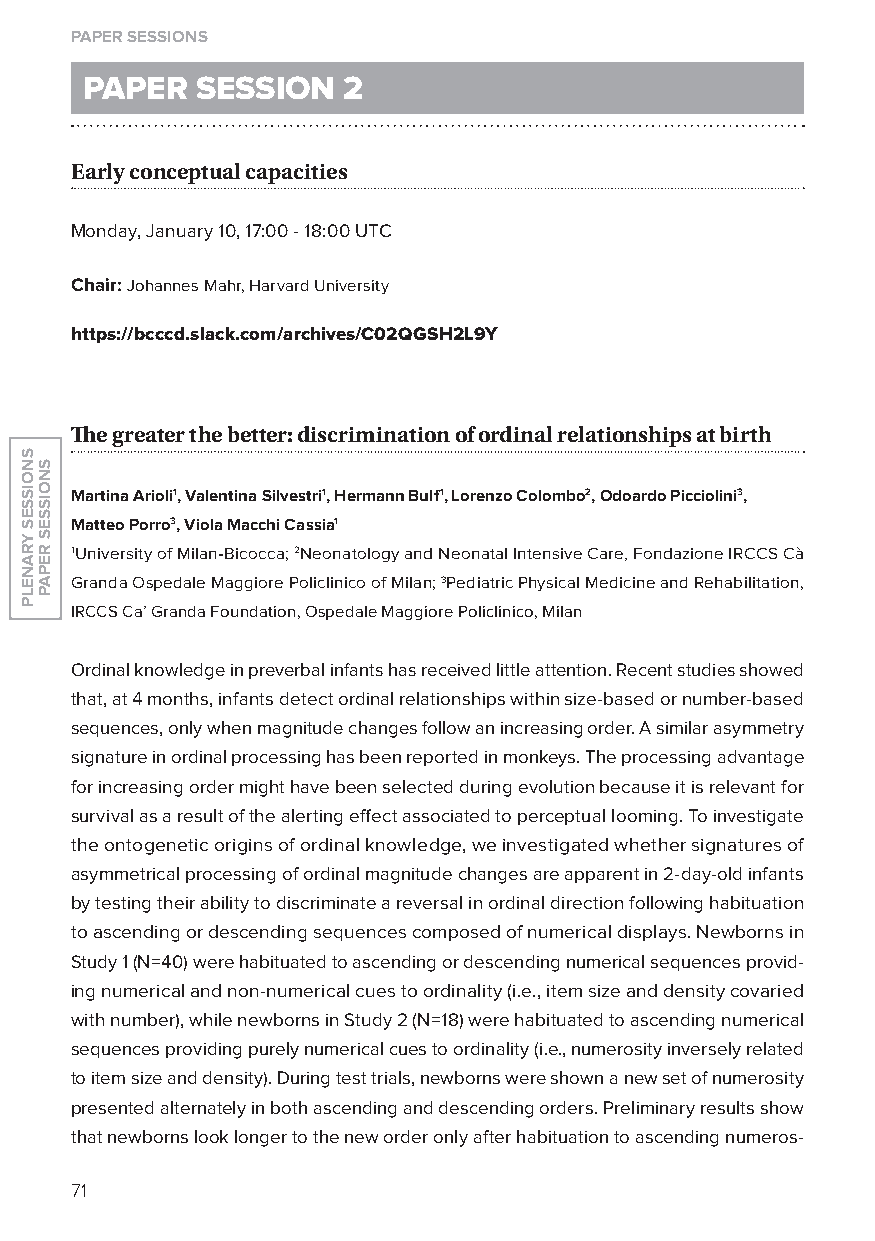
paper sessions
 paper   session   2
 early conceptual capacities
 Monday, January 10, 17:00 - 18:00 UTC
 Chair: Johannes Mahr, Harvard University
 https://bcccd.slack.com/archives/C02QGsh2l9y
 The greater the better: discrimination of ordinal relationships at birth
 Martina Arioli1, Valentina Silvestri1, Hermann Bulf1, Lorenzo Colombo2, odoardo Picciolini3,
 Matteo Porro3, Viola Macchi Cassia1
 1University of Milan-Bicocca; 2Neonatology and Neonatal Intensive Care, Fondazione IRCCS Cà
 Granda ospedale Maggiore Policlinico of Milan; 3Pediatric Physical Medicine and Rehabilitation,
 IRCCS Ca’ Granda Foundation, ospedale Maggiore Policlinico, Milan
 ordinal knowledge in preverbal infants has received little attention. Recent studies showed
 that, at 4 months, infants detect ordinal relationships within size-based or number-based
 sequences, only when magnitude changes follow an increasing order. A similar asymmetry
 signature in ordinal processing has been reported in monkeys. The processing advantage
 for increasing order might have been selected during evolution because it is relevant for
 survival as a result of the alerting effect associated to perceptual looming. To investigate
 the ontogenetic origins of ordinal knowledge, we investigated whether signatures of
 asymmetrical processing of ordinal magnitude changes are apparent in 2-day-old infants
 by testing their ability to discriminate a reversal in ordinal direction following habituation
 to ascending or descending sequences composed of numerical displays. Newborns in
 Study 1 (N=40) were habituated to ascending or descending numerical sequences provid-
 ing numerical and non-numerical cues to ordinality (i.e., item size and density covaried
 with number), while newborns in Study 2 (N=18) were habituated to ascending numerical
 sequences providing purely numerical cues to ordinality (i.e., numerosity inversely related
 to item size and density). During test trials, newborns were shown a new set of numerosity
 presented alternately in both ascending and descending orders. Preliminary results show
 that newborns look longer to the new order only after habituation to ascending numeros-
 71
 snoisses
 yranelp
 snoisses
 repap